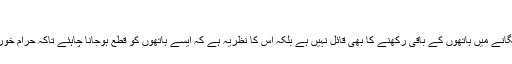
۸۵)
ان آيات کريمہ سے صاف واضح ہو جاتا ہے کہ اسلام دوسرے کے مال کو چورى سے ہاتھ لگانے ميں ہاتھوں کے باقى رکھنے کا بھى قائل نہيں ہے بلکہ اس کا نظريہ ہے کہ ايسے ہاتھوں کو قطع ہوجانا چاہئے تاکہ حرام خورى کا سلسلہ بند ہو جائے اور دوسرے کے مال کو ہاتھ لگانے کى جراٴت وہمت ختم ہو جائے۔